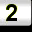
Digit: 2